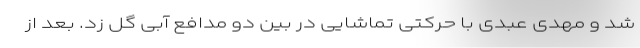
شد و مهدی عبدی با حرکتی تماشایی در بین دو مدافع آبی گل زد. بعد ‌از